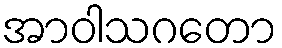
အာဝါသဂတော